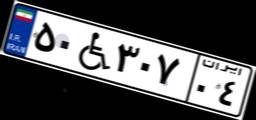
۵۰W۳۰۷۰۴